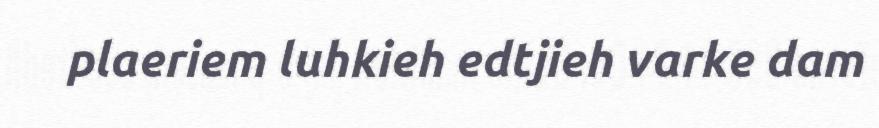
plaeriem luhkieh edtjieh varke dam